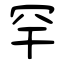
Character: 罕